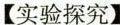
【实验探究】